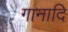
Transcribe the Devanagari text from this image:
गानादि